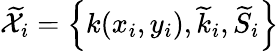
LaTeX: \widetilde{\mathcal{X}}_{i}=\left\{ k(x_{i},y_{i}),\widetilde{k}_{i},\widetilde{S}_{i}\right\}